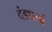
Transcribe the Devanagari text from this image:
दंडधर्ता